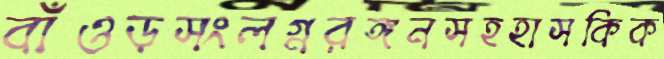
বাঁওড়সংলগ্নরঙ্গনসহহাসকিক